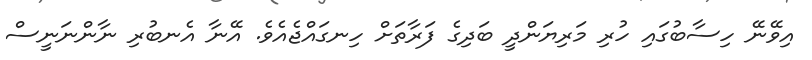
އިވޭނޭ ހިސާބުގައި ހުރި މަރިޔަންދީ ބަދިގެ ފަރާތަށް ހިނގައްޖެއެވެ. އޭނާ އެނބުރި ނާންނަނީސް